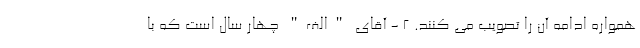
همواره ادامه آن را تصویب می کنند. 2 - آقای "الف" چهار سال است که با